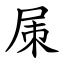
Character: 㞖